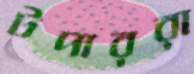
টপাররা